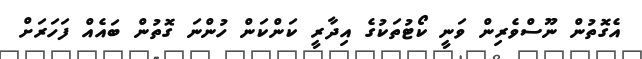
އެގޮތުން ނޫސްވެރިން ވަނީ ކޯޓުތަކުގެ އިދާރީ ކަންކަން ހުންނަ ގޮތުން ބައެއް ފަހަރަށް